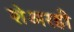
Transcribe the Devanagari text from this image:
शेअरही